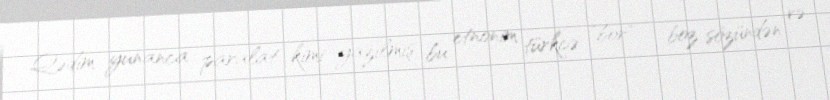
Qədim yunanca paralat kimi yazılmış bu etnonim türkcə "bor" – boz sözündən və